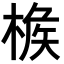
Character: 𣔹